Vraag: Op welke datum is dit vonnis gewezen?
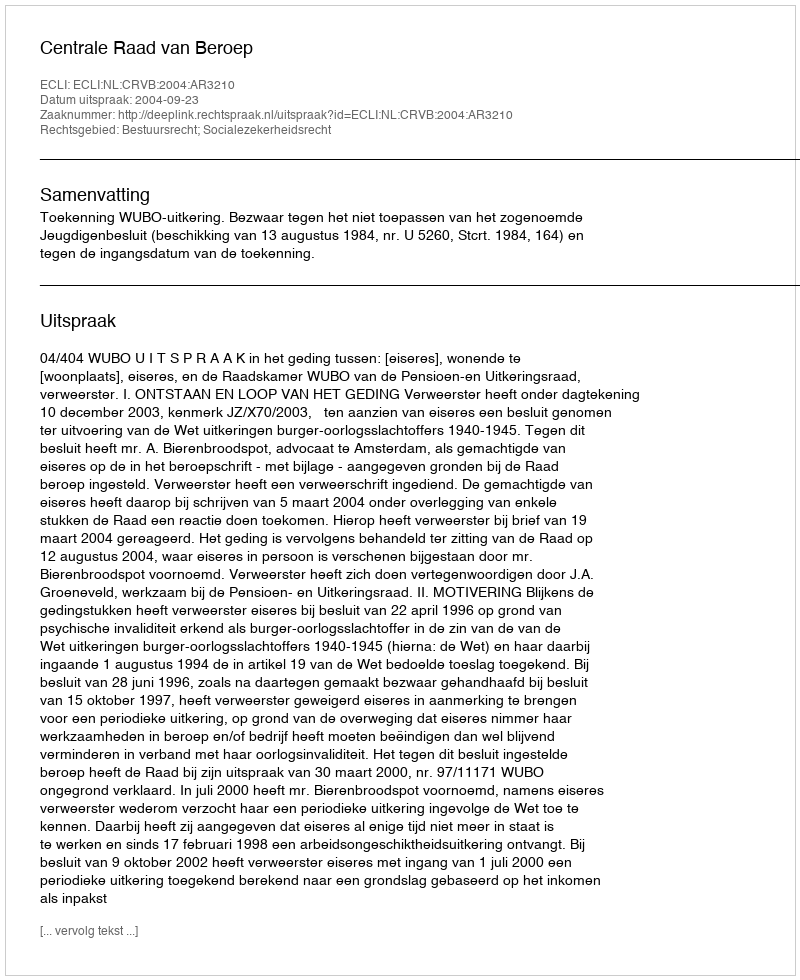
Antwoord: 2004-09-23